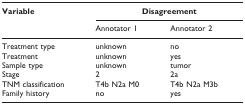
| Variable | <COLSPAN=2> Disagreement |
 |  | Annotator 1 | Annotator 2 |
 | --- | --- | --- |
 | Treatment type | unknown | no |
 | Treatment | unknown | yes |
 | Sample type | unknown | tumor |
 | Stage | 2 | 2a |
 | TNM classification | T4b N2a M0 | T4b N2a M3b |
 | Family history | no | yes |